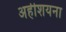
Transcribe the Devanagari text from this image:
अहीशयना